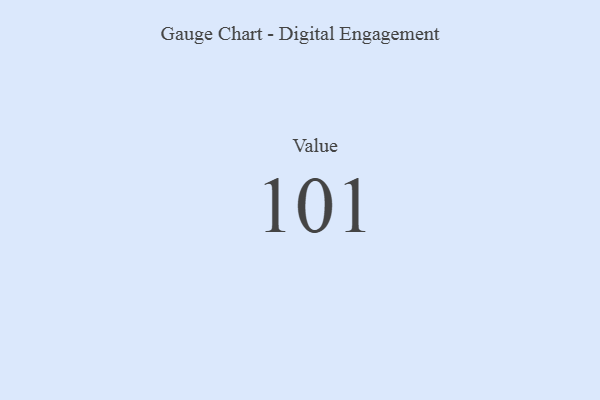
{"axis": {"x": "Metric", "y": "Value"}, "legend": [""], "data": [{"x": "Value", "y": 101, "type": ""}]}